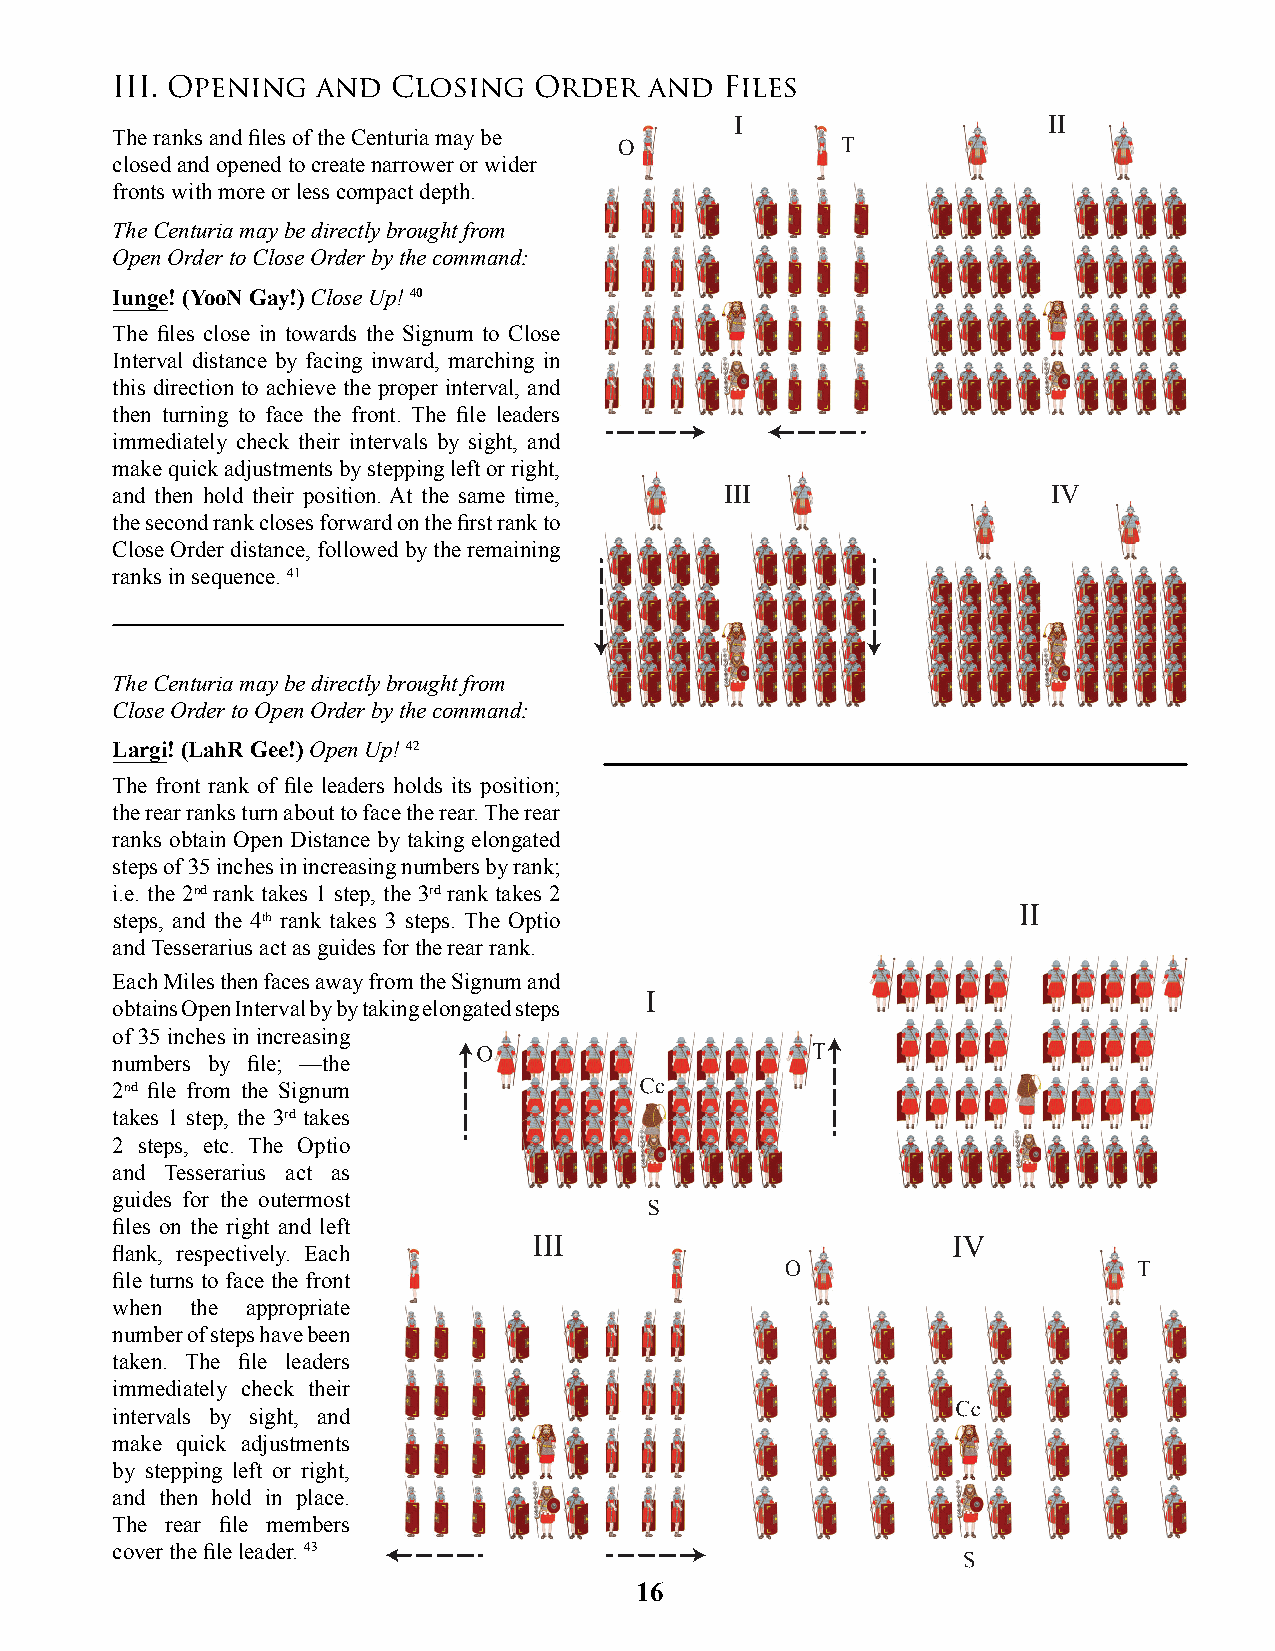
III. Opening  and  Closing  Order   and  Files
 I                   II
 The ranks and fi les of the Centuria may be
 O              T
 closed and opened to create narrower or wider
 fronts with more or less compact depth.
 The Centuria may be directly brought from
 Open Order to Close Order by the command:
 Iunge! (YooN Gay!) Close Up! 40
 The fi les close in towards the Signum to Close
 Interval distance by facing inward, marching in
 this direction to achieve the proper interval, and
 then turning to face the front. The fi le leaders
 immediately check their intervals by sight, and
 make quick adjustments by stepping left or right,
 and then hold their position. At the same time, III            IV
 the second rank closes forward on the fi rst rank to
 Close Order distance, followed by the remaining
 ranks in sequence. 41
 The Centuria may be directly brought from
 Close Order to Open Order by the command:
 Largi! (LahR Gee!) Open Up! 42
 The front rank of fi le leaders holds its position;
 the rear ranks turn about to face the rear. The rear
 ranks obtain Open Distance by taking elongated
 steps of 35 inches in increasing numbers by rank;
 i.e. the 2nd rank takes 1 step, the 3rd rank takes 2
 steps, and the 4th rank takes 3 steps. The Optio
 and Tesserarius act as guides for the rear rank.
 Each Miles then faces away from the Signum and
 obtains Open Interval by by taking elongated steps
 of 35 inches in increasing
 numbers by fi le; —the
 2nd fi le from the Signum
 takes 1 step, the 3rd takes
 2 steps, etc. The Optio
 and Tesserarius act as
 guides for the outermost
 fi les on the right and left
 fl ank, respectively. Each
 fi le turns to face the front
 when  the appropriate
 number of steps have been
 taken. The fi le leaders
 immediately check their
 intervals by sight, and
 make quick adjustments
 by stepping left or right,
 and then hold in place.
 The rear fi le members
 cover the fi le leader. 43
 16